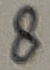
Text: 8